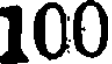
100